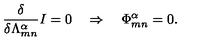
\frac { \delta } { \delta \Lambda _ { m n } ^ { \alpha } } I = 0 \quad \Rightarrow \quad { \Phi } _ { m n } ^ { \alpha } = 0 .